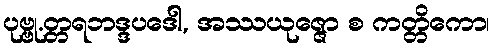
ပုဗ္ဗု.တ္တရဘဒ္ဒပဒေါ, အဿယုဇ္ဇော စ ကတ္တိကော၊